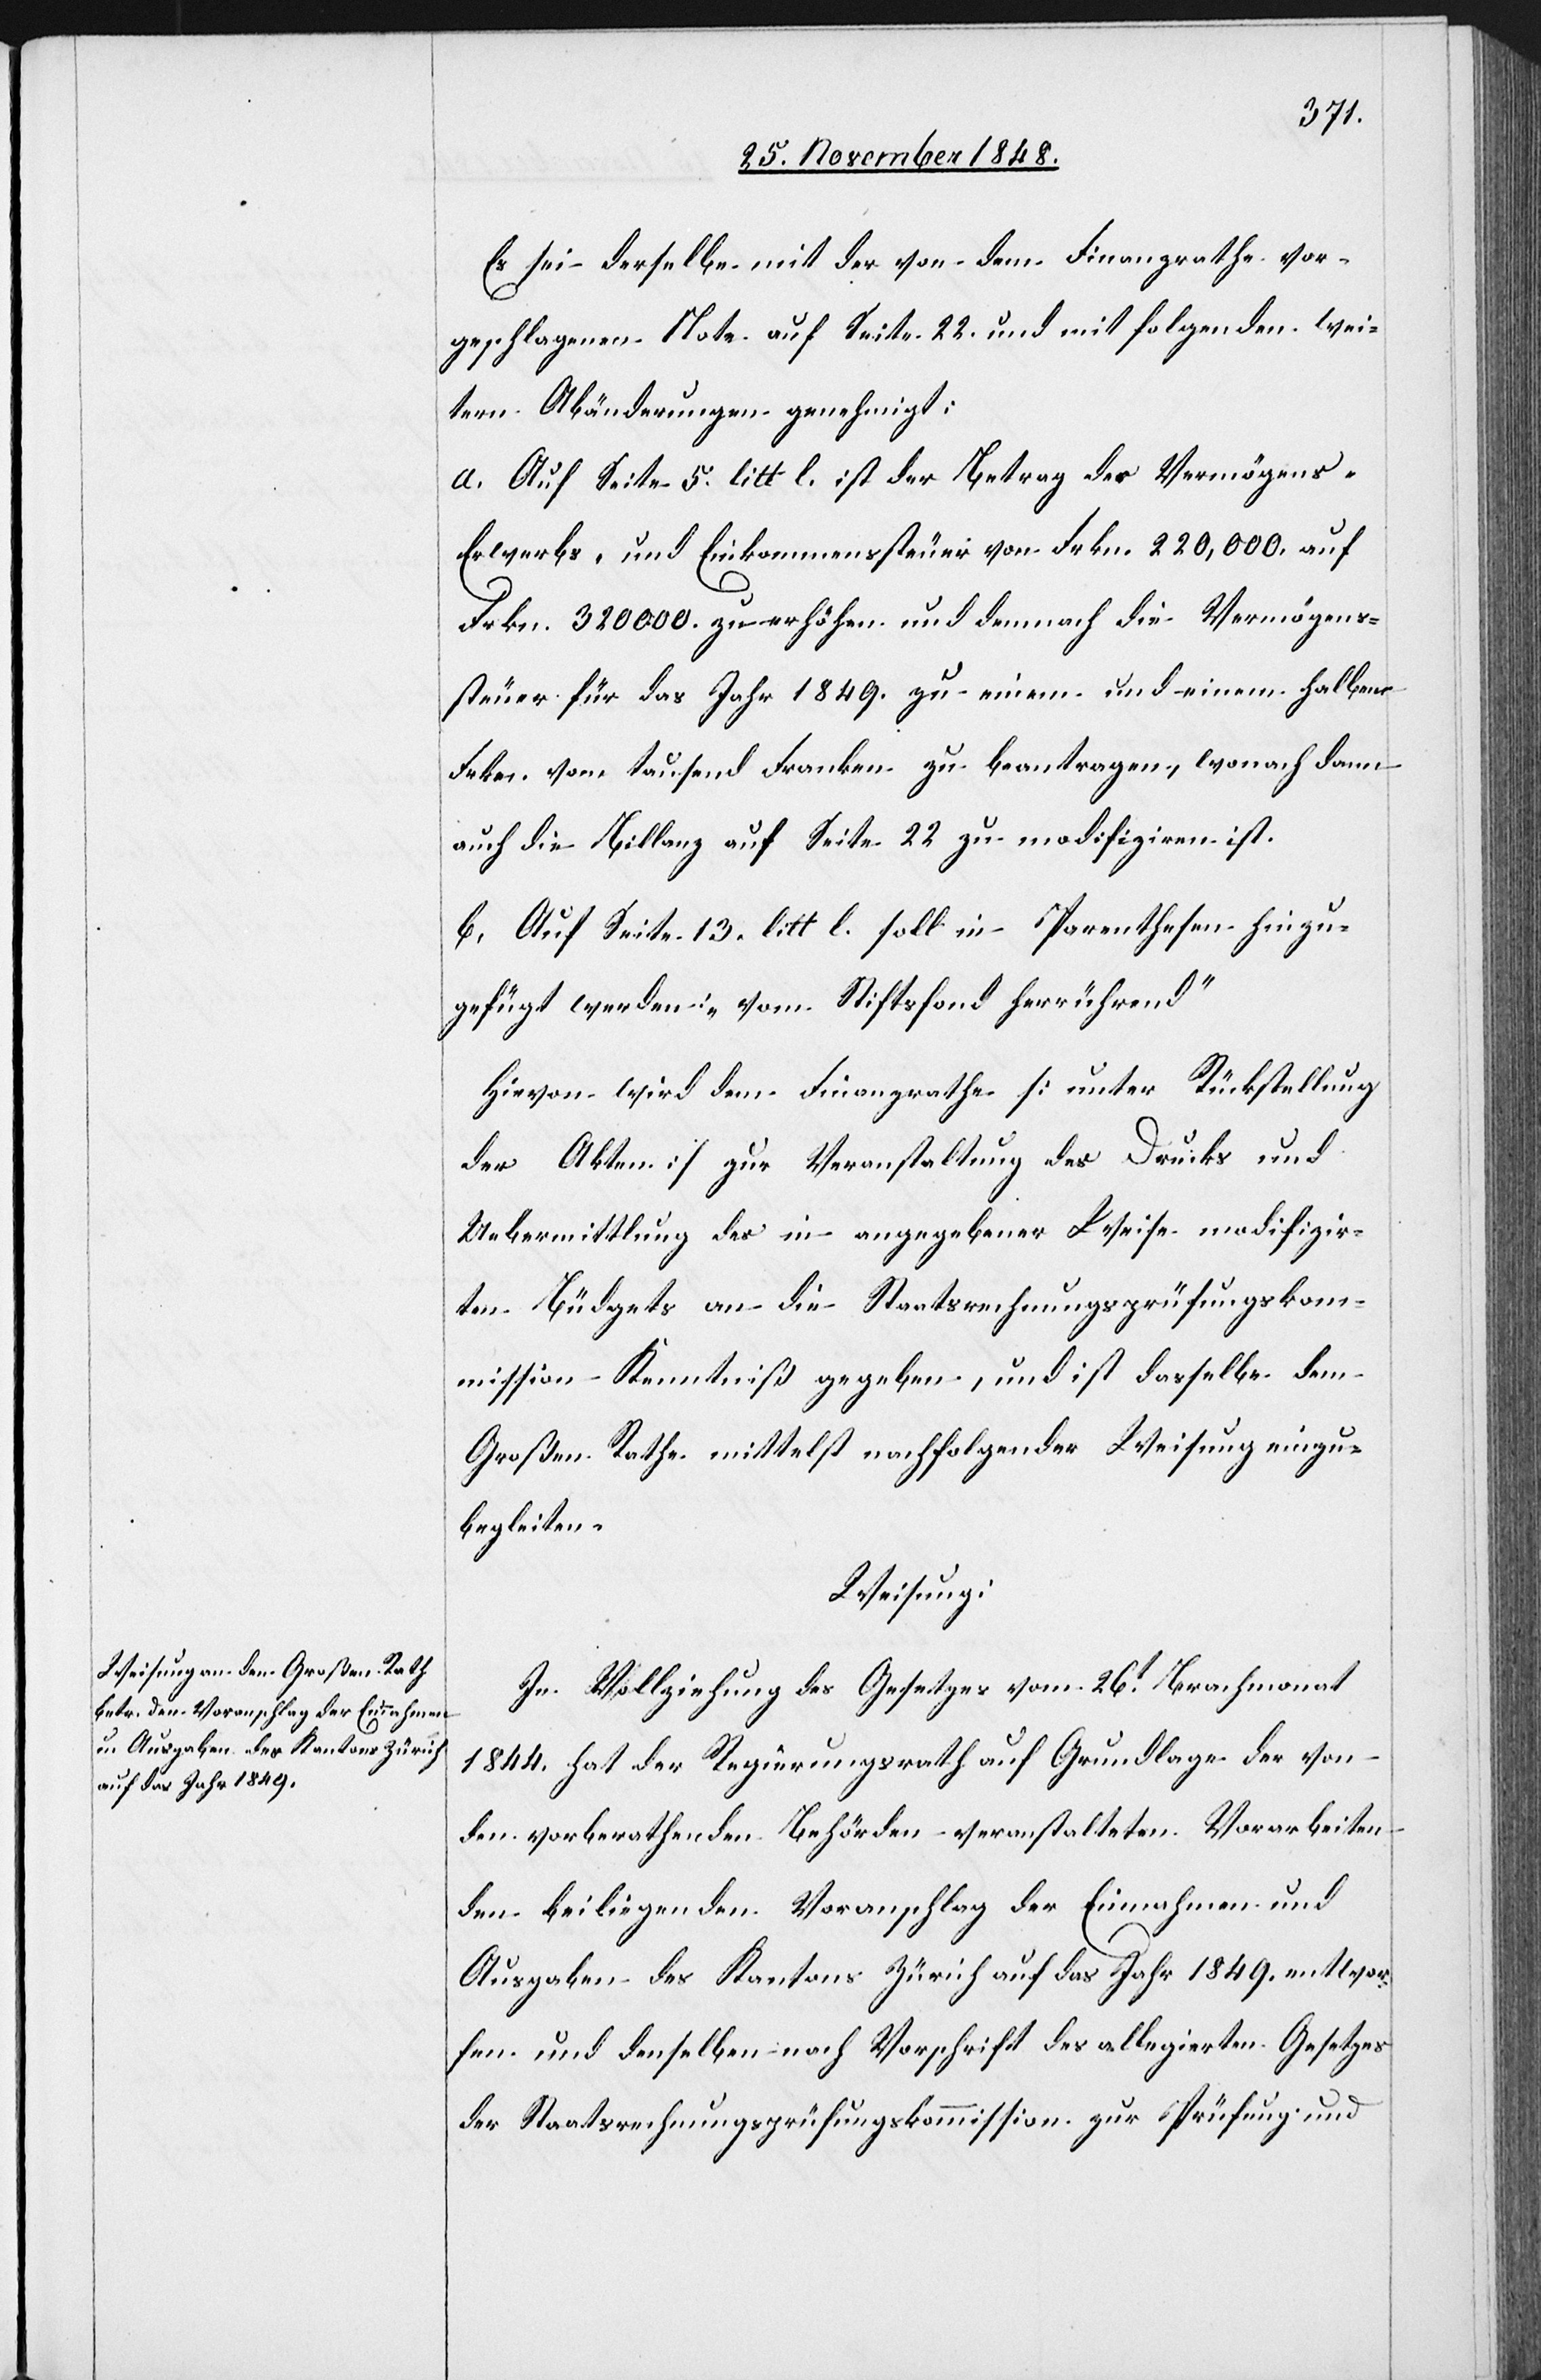
Es sei derselbe mit der von dem Finanzrathe vor¬
geschlagenen Note auf Seite 22. und mit folgenden wei¬
tern Abänderungen genehmigt:
a. Auf Seite 5. litt l. ist der Betrag des Vermögens-[,]
Erwerbs- und Einkommenssteuer von Frkn. 220,000. auf
Frkn. 320 000. zu erhöhen und demnach die Vermögens¬
steuer für das Jahr 1849. zu einem und einem halben
Frkn. vom tausend Franken zu beantragen, wonach dann
auch die Billanz auf Seite 22 zu modifziren ist.
b. Auf Seite 13. litt l. soll in Parenthesen hinzu¬
gefügt werden: „vom Stiftsfond herrührend“
Hievon wird dem Finanzrathe [unter Rückstellung
der Akten] zur Veranstaltung des Drucks und
Uebermittlung des in angegebener Weise modifizir¬
ten Büdgets an die Staatsrechnungsprüfungskom¬
mission Kenntniß gegeben, und ist dasselbe dem
Großen Rathe mittelst nachfolgender Weisung einzu¬
begleiten.
Weisung:
In Vollziehung des Gesetzes vom 26t Brachmonat
1844. hat der Regierungsrath auf Grundlage der von
den vorberathenden Behörden veranstalteten Vorarbeiten
den beiliegenden Voranschlag der Einnahmen und
Ausgaben des Kantons Zürich auf das Jahr 1849. entwor¬
fen und denselben nach Vorschrift des allegierten Gesetzes
der Staatsrechnungsprüfungskommission zur Prüfung und